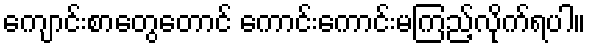
ကျောင်းစာတွေတောင် ကောင်းကောင်းမကြည့်လိုက်ရပါ။